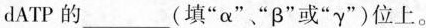
dATP的___(填”α””β”或”γ”)位上。